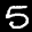
Label: 5